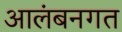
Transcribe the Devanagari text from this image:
आलंबनगत